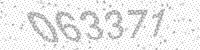
Solution: 063371